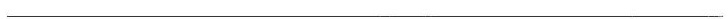
___